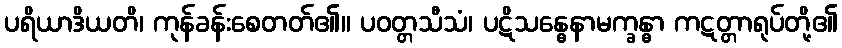
ပရိယာဒိယတိ၊ ကုန်ခန်းစေတတ်၏။ ပဝတ္တသီသံ၊ ပဋိသန္ဓေနာမက္ခန္ဓာ ကဋတ္တာရုပ်တို့၏